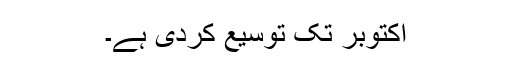
اکتوبر تک توسیع کردی ہے۔